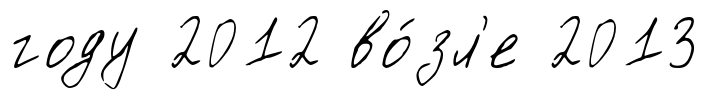
году 2012 во́зл'е 2013